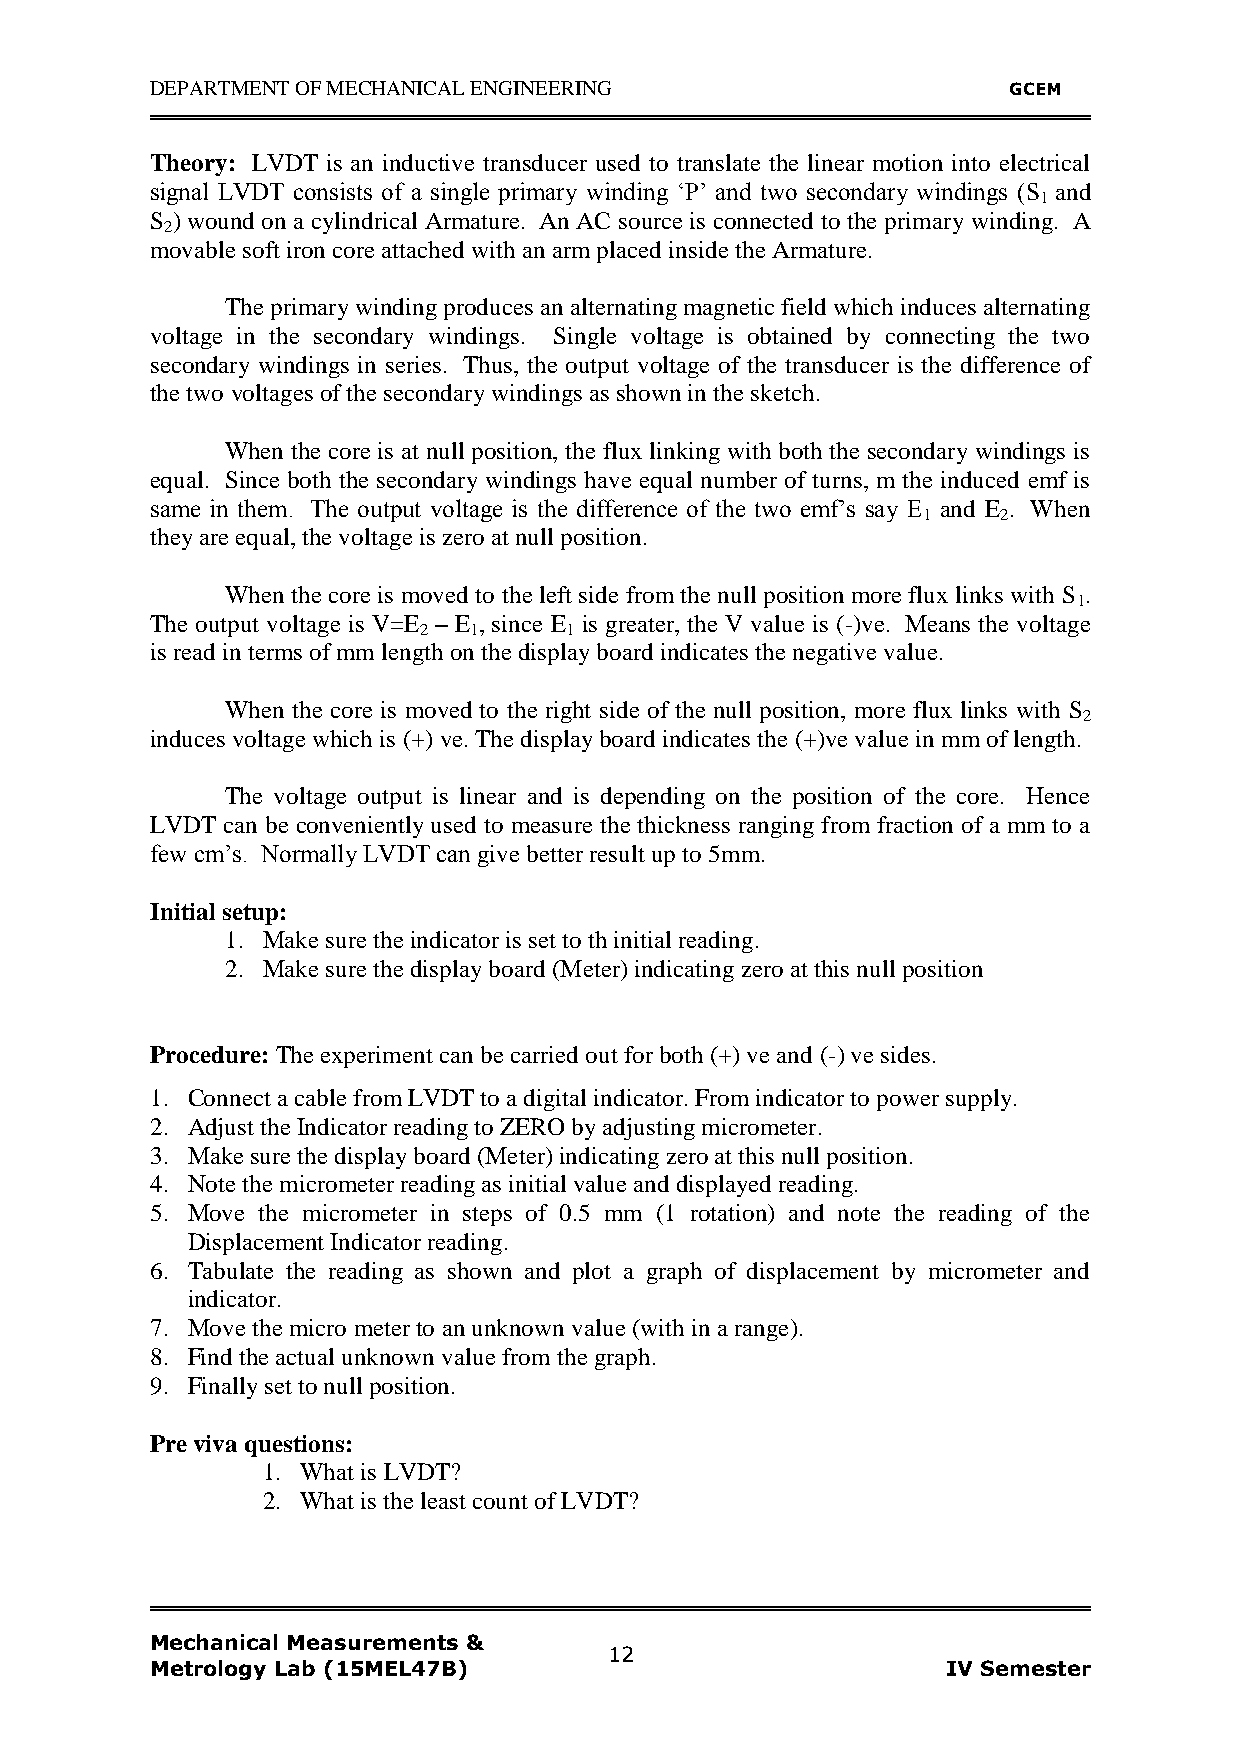
DEPARTMENT OF MECHANICAL ENGINEERING                     GCEM
 Theory: LVDT is an inductive transducer used to translate the linear motion into electrical
 signal LVDT consists of a single primary winding „P‟ and two secondary windings (S and
 1
 S ) wound on a cylindrical Armature. An AC source is connected to the primary winding. A
 2
 movable soft iron core attached with an arm placed inside the Armature.
 The primary winding produces an alternating magnetic field which induces alternating
 voltage in the secondary windings. Single voltage is obtained by connecting the two
 secondary windings in series. Thus, the output voltage of the transducer is the difference of
 the two voltages of the secondary windings as shown in the sketch.
 When the core is at null position, the flux linking with both the secondary windings is
 equal. Since both the secondary windings have equal number of turns, m the induced emf is
 same in them. The output voltage is the difference of the two emf‟s say E and E . When
 1    2
 they are equal, the voltage is zero at null position.
 When the core is moved to the left side from the null position more flux links with S .
 1
 The output voltage is V=E – E , since E is greater, the V value is (-)ve. Means the voltage
 2  1     1
 is read in terms of mm length on the display board indicates the negative value.
 When the core is moved to the right side of the null position, more flux links with S
 2
 induces voltage which is (+) ve. The display board indicates the (+)ve value in mm of length.
 The voltage output is linear and is depending on the position of the core. Hence
 LVDT can be conveniently used to measure the thickness ranging from fraction of a mm to a
 few cm‟s. Normally LVDT can give better result up to 5mm.
 Initial setup:
 1. Make sure the indicator is set to th initial reading.
 2. Make sure the display board (Meter) indicating zero at this null position
 Procedure: The experiment can be carried out for both (+) ve and (-) ve sides.
 1. Connect a cable from LVDT to a digital indicator. From indicator to power supply.
 2. Adjust the Indicator reading to ZERO by adjusting micrometer.
 3. Make sure the display board (Meter) indicating zero at this null position.
 4. Note the micrometer reading as initial value and displayed reading.
 5. Move the micrometer in steps of 0.5 mm (1 rotation) and note the reading of the
 Displacement Indicator reading.
 6. Tabulate the reading as shown and plot a graph of displacement by micrometer and
 indicator.
 7. Move the micro meter to an unknown value (with in a range).
 8. Find the actual unknown value from the graph.
 9. Finally set to null position.
 Pre viva questions:
 1. What is LVDT?
 2. What is the least count of LVDT?
 Mechanical Measurements &
 12
 Metrology Lab (15MEL47B)                             IV Semester